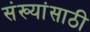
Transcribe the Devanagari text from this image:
संख्यांसाठी